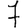
Digit: 7